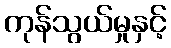
ကုန်သွယ်မှုနှင့်